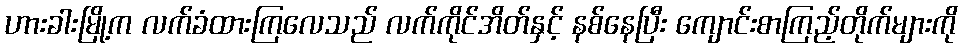
ဟားခါးမြို့က လက်ခံထားကြလေသည် လက်ကိုင်အိတ်နှင့် နစ်နေပြီး ကျောင်းစာကြည့်တိုက်များကို